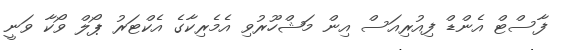
ފާސްޓް އެންޑް ފިއުރިއަސް އިން މަޝްހޫރުވި އެމެރިކާގެ އެކްޓަރު ޕޯލް ވޯކާ ވަނީ